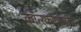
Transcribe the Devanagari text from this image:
कॉन्स्कोवोलाचा